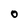
Character: O